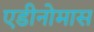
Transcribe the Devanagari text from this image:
एडीनोमास